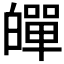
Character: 𤾠